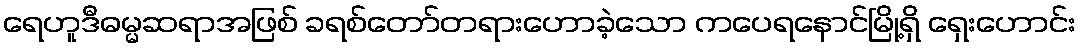
ရေဟူဒီဓမ္မဆရာအဖြစ် ခရစ်တော်တရားဟောခဲ့သော ကပေရနောင်မြို့ရှိ ရှေးဟောင်း